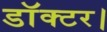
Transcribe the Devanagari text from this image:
डाॅक्टर।